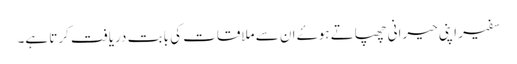
سفیر اپنی حیرانی چھپاتے ہوۓ ان سے ملاقات کی بابت دریافت کرتا ہے۔